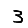
Digit: 3